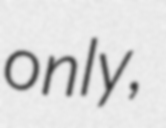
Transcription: only,